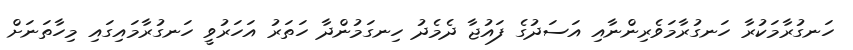
ހަނގުރާމަކުރާ ހަނގުރާމަވެރިންނާއި އަސަދުގެ ފައުޖާ ދެމެދު ހިނގަމުންދާ ހަތަރު އަހަރުވީ ހަނގުރާމައިގައި މިހާތަނަށް